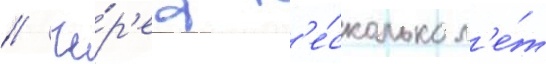
// Че́р'ез н'е́сколько л'е́т